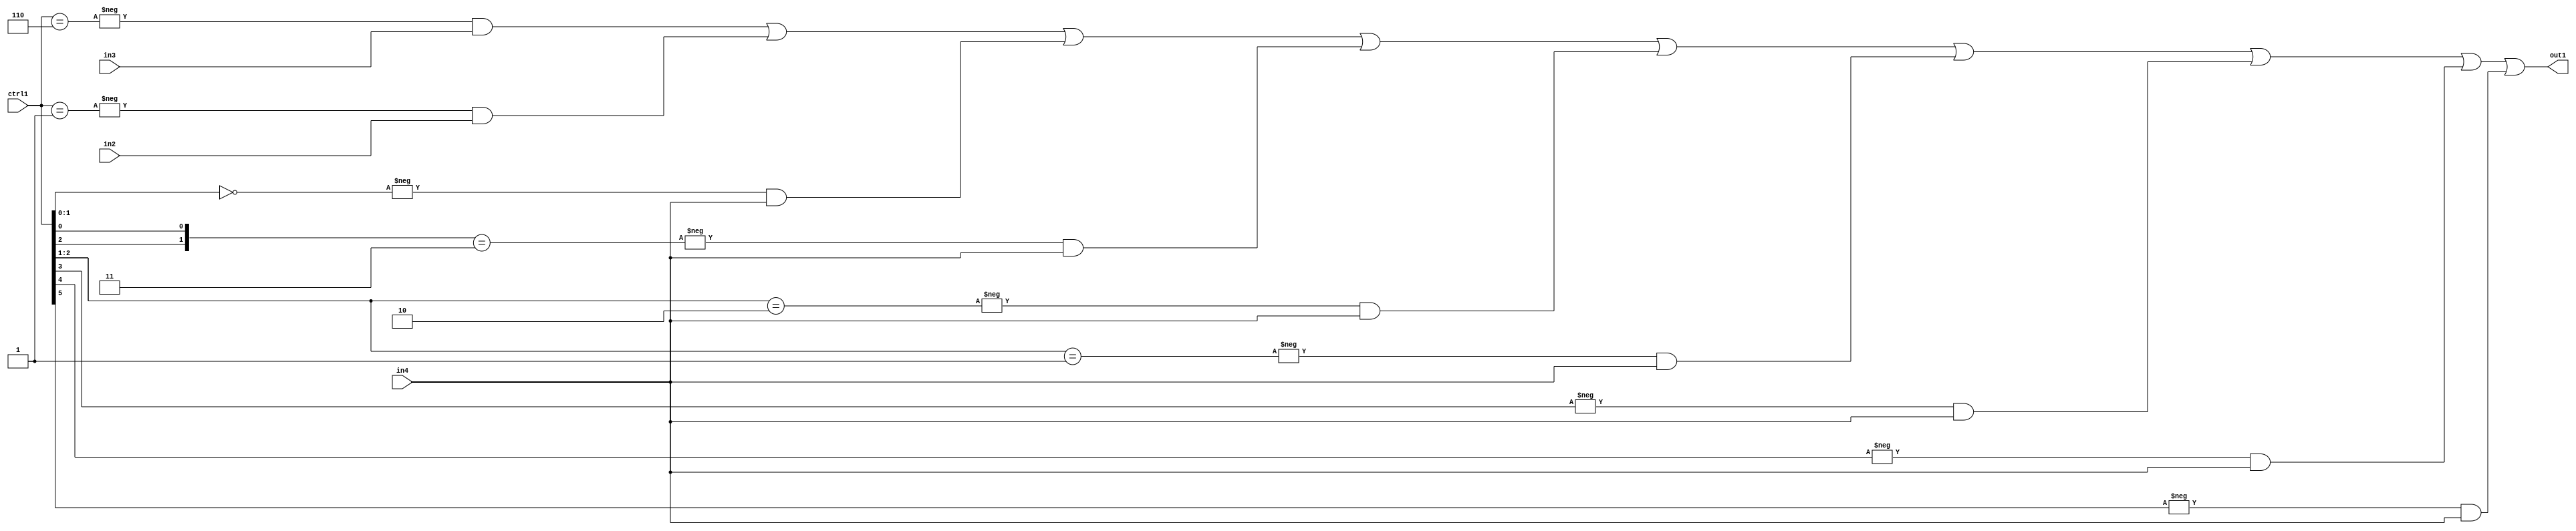
`timescale 1ps / 1ps
/*****************************************************************************
    Verilog RTL Description
    
    
    Created by: Stratus DpOpt 21.05.01 
*******************************************************************************/

module SobelFilter_N_Mux_32_3_104_1 (
	in4,
	in3,
	in2,
	ctrl1,
	out1
	); /* architecture "behavioural" */ 
input [31:0] in4;
input [8:0] in3,
	in2;
input [5:0] ctrl1;
output [31:0] out1;
wire [31:0] asc001;

assign asc001 = 
	-{ctrl1 == 6'B000110} & in3 |
	-{ctrl1 == 6'B000001} & in2 |
	-{ctrl1[1:0] == 2'B00} & in4 |
	-{{ctrl1[2], ctrl1[0]} == 2'B11} & in4 |
	-{ctrl1[2:1] == 2'B10} & in4 |
	-{ctrl1[2:1] == 2'B01} & in4 |
	-{ctrl1[3] == 1'B1} & in4 |
	-{ctrl1[4] == 1'B1} & in4 |
	-{ctrl1[5] == 1'B1} & in4 ;

assign out1 = asc001;
endmodule

/* CADENCE  vrH4SwA= : u9/ySxbfrwZIxEzHVQQV8Q== ** DO NOT EDIT THIS LINE ******/